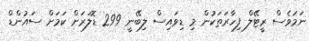
ނަމަވެސް ރީޓޭލް ފިހާރަތަކުން މި ޑިވައިސް ލިބޭނީ 299 ޑޮލަރަށް ކަމަށް ސައުންޑް